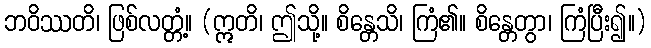
ဘဝိဿတိ၊ ဖြစ်လတ္တံ့။ (ဣတိ၊ ဤသို့။ စိန္တေသိ၊ ကြံ၏။ စိန္တေတွာ၊ ကြံပြီး၍။)